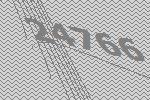
24766